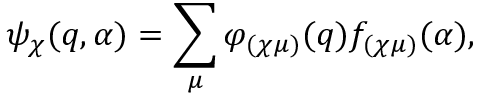
\psi _ { \chi } ( q , \alpha ) = \sum _ { \mu } \varphi _ { ( \chi \mu ) } ( q ) f _ { ( \chi \mu ) } ( \alpha ) ,